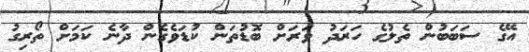
އޭގެ ސަބަބުން ތެލުގެ ހަރަދު ވަރަށް ބޮޑުތަން ކުޑަވެގެން ދާނެ ކަމަށް ތޯރިގު